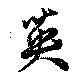
英